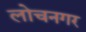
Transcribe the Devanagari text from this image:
लोचनगर